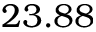
2 3 . 8 8